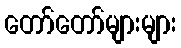
တော်တော်များများ